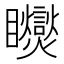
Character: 𥍏